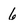
Character: 6